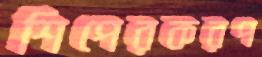
শিপেরকরপ